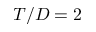
T / D = 2